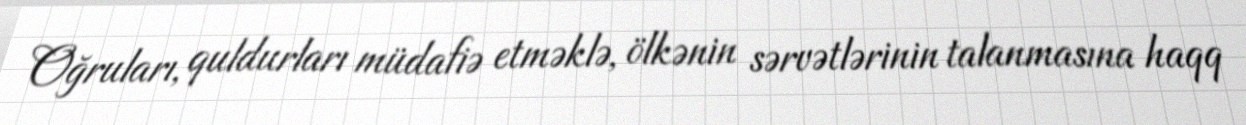
Oğruları, quldurları müdafiə etməklə, ölkənin sərvətlərinin talanmasına haqq